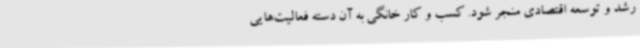
رشد و توسعه اقتصادی منجر شود. کسب و کار خانگی به آن دسته فعالیت‌هایی